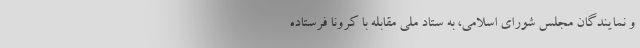
و نمایندگان مجلس شورای اسلامی، به ستاد ملی مقابله با کرونا فرستاده